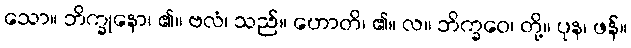
သော။ ဘိက္ခုနော၊ ၏။ ဗလံ၊ သည်။ ဟောတိ၊ ၏။ လ။ ဘိက္ခဝေ၊ တို့။ ပုန၊ ဖန်။